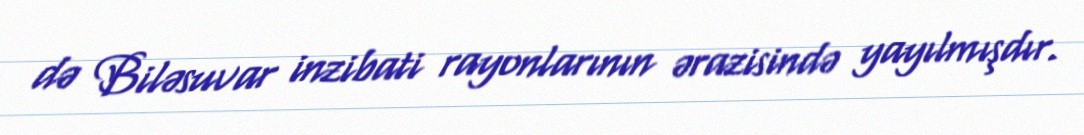
də Biləsuvar inzibati rayonlarının ərazisində yayılmışdır.